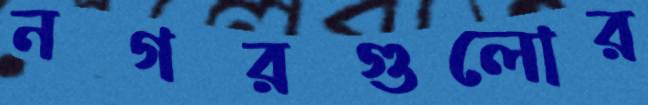
নগরগুলোর